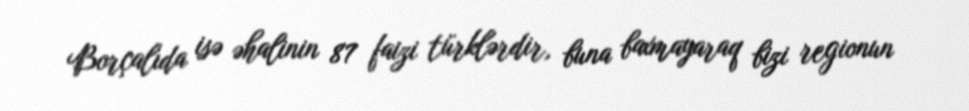
Borçalıda isə əhalinin 87 faizi türklərdir, buna baxmayaraq bizi regionun